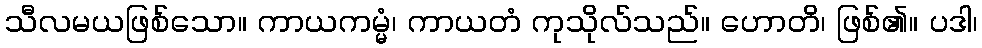
သီလမယဖြစ်သော။ ကာယကမ္မံ၊ ကာယတံ ကုသိုလ်သည်။ ဟောတိ၊ ဖြစ်၏။ ပဒါ၊